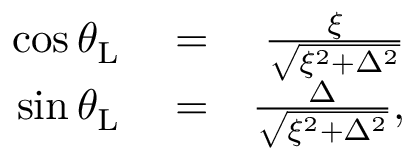
\begin{array} { r l r } { \cos \theta _ { \mathrm { L } } } & { { } = } & { \frac { \xi } { \sqrt { \xi ^ { 2 } + \Delta ^ { 2 } } } } \\ { \sin \theta _ { \mathrm { L } } } & { { } = } & { \frac { \Delta } { \sqrt { \xi ^ { 2 } + \Delta ^ { 2 } } } , } \end{array}